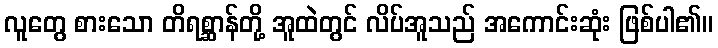
လူတွေ စားသော တိရစ္ဆာန်တို့ အူထဲတွင် လိပ်အူသည် အကောင်းဆုံး ဖြစ်ပါ၏။